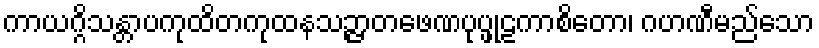
ကာယဂ္ဂိသန္တာပကုထိတကုထနသဉ္ဇာတဖေဏပုပ္ဖုဠကာစိတော၊ ဂဟဏီမည်သော